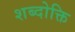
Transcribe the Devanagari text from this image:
शब्दोक्ति